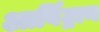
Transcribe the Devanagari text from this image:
आर्बिट्रान